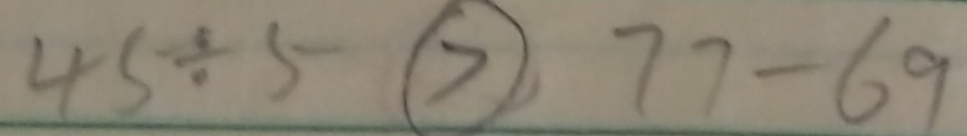
4 5 \div 5 > 7 7 - 6 9